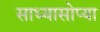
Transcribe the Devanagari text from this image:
साध्यासोप्या